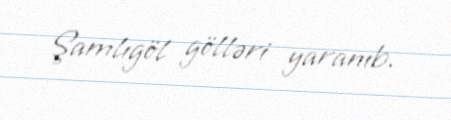
Şamlıgöl gölləri yaranıb.